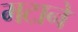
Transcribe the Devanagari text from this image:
मटाने